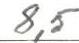
8,5